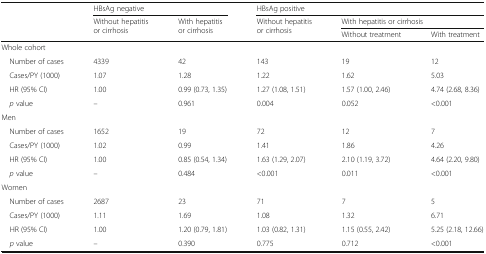
<table><thead><tr><td rowspan="3"></td><td colspan="2"><b>HBsAg negative</b></td><td colspan="3"><b>HBsAg positive</b></td></tr><tr><td rowspan="2"><b>Without hepatitis or cirrhosis</b></td><td rowspan="2"><b>With hepatitis or cirrhosis</b></td><td rowspan="2"><b>Without hepatitis or cirrhosis</b></td><td colspan="2"><b>With hepatitis or cirrhosis</b></td></tr><tr><td><b>Without treatment</b></td><td><b>With treatment</b></td></tr></thead><tbody><tr><td colspan="6">Whole cohort</td></tr><tr><td> Number of cases</td><td>4339</td><td>42</td><td>143</td><td>19</td><td>12</td></tr><tr><td> Cases/PY (1000)</td><td>1.07</td><td>1.28</td><td>1.22</td><td>1.62</td><td>5.03</td></tr><tr><td> HR (95% CI)</td><td>1.00</td><td>0.99 (0.73, 1.35)</td><td>1.27 (1.08, 1.51)</td><td>1.57 (1.00, 2.46)</td><td>4.74 (2.68, 8.36)</td></tr><tr><td> <i>p</i> value</td><td>–</td><td>0.961</td><td>0.004</td><td>0.052</td><td>&lt;0.001</td></tr><tr><td colspan="6">Men</td></tr><tr><td> Number of cases</td><td>1652</td><td>19</td><td>72</td><td>12</td><td>7</td></tr><tr><td> Cases/PY (1000)</td><td>1.02</td><td>0.99</td><td>1.41</td><td>1.86</td><td>4.26</td></tr><tr><td> HR (95% CI)</td><td>1.00</td><td>0.85 (0.54, 1.34)</td><td>1.63 (1.29, 2.07)</td><td>2.10 (1.19, 3.72)</td><td>4.64 (2.20, 9.80)</td></tr><tr><td> <i>p</i> value</td><td>–</td><td>0.484</td><td>&lt;0.001</td><td>0.011</td><td>&lt;0.001</td></tr><tr><td colspan="6">Women</td></tr><tr><td> Number of cases</td><td>2687</td><td>23</td><td>71</td><td>7</td><td>5</td></tr><tr><td> Cases/PY (1000)</td><td>1.11</td><td>1.69</td><td>1.08</td><td>1.32</td><td>6.71</td></tr><tr><td> HR (95% CI)</td><td>1.00</td><td>1.20 (0.79, 1.81)</td><td>1.03 (0.82, 1.31)</td><td>1.15 (0.55, 2.42)</td><td>5.25 (2.18, 12.66)</td></tr><tr><td> <i>p</i> value</td><td>–</td><td>0.390</td><td>0.775</td><td>0.712</td><td>&lt;0.001</td></tr></tbody></table>